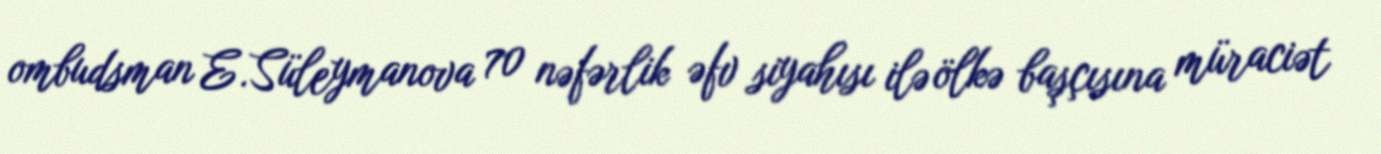
ombudsman E.Süleymanova 70 nəfərlik əfv siyahısı ilə ölkə başçısına müraciət